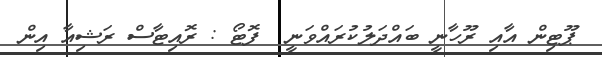
ޕޫޓިން އާއި ރޫހާނީ ބައްދަލުކުރައްވަނީ  ފޮޓޯ : ރޮއިޓާސް ރަޝިއާ އިން